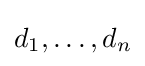
d_{1},\ldots ,d_{n}